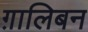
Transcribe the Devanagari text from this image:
ग़ालिबन